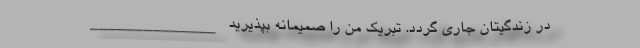
در زندگیتان جاری گردد. تبریک من را صمیمانه بپذیرید ______________